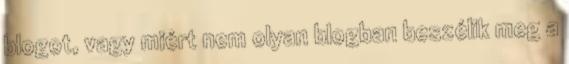
blogot, vagy miért nem olyan blogban beszélik meg a